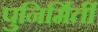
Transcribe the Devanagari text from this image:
पुनिर्मिर्ती